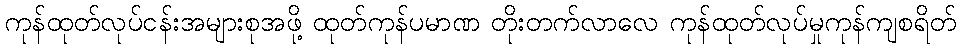
ကုန်ထုတ်လုပ်ငန်းအများစုအဖို့ ထုတ်ကုန်ပမာဏ တိုးတက်လာလေ ကုန်ထုတ်လုပ်မှုကုန်ကျစရိတ်